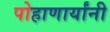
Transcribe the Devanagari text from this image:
पोहाणार्यांनी